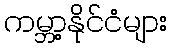
ကမ္ဘာ့နိုင်ငံများ